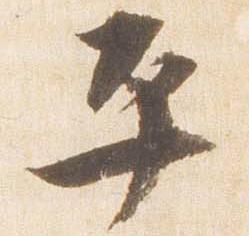
平